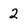
Character: 2